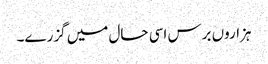
ہزاروں برس اسی حال میں گزرے۔